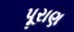
પૂરાણ